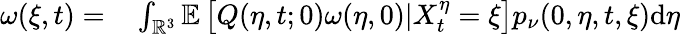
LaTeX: \begin{array}{rl}{\omega(\xi,t)=}&{{}\int_{\mathbb{R}^{3}}\mathbb{E}\left[\left.Q(\eta,t;0)\omega(\eta,0)\right|X_{t}^{\eta}=\xi\right]p_{\nu}(0,\eta,t,\xi)\mathrm{d}\eta}\end{array}